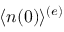
\langle n ( 0 ) \rangle ^ { ( e ) }